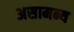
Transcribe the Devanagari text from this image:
असामन्य